kultuurilooline_kollektsioon, lk 97
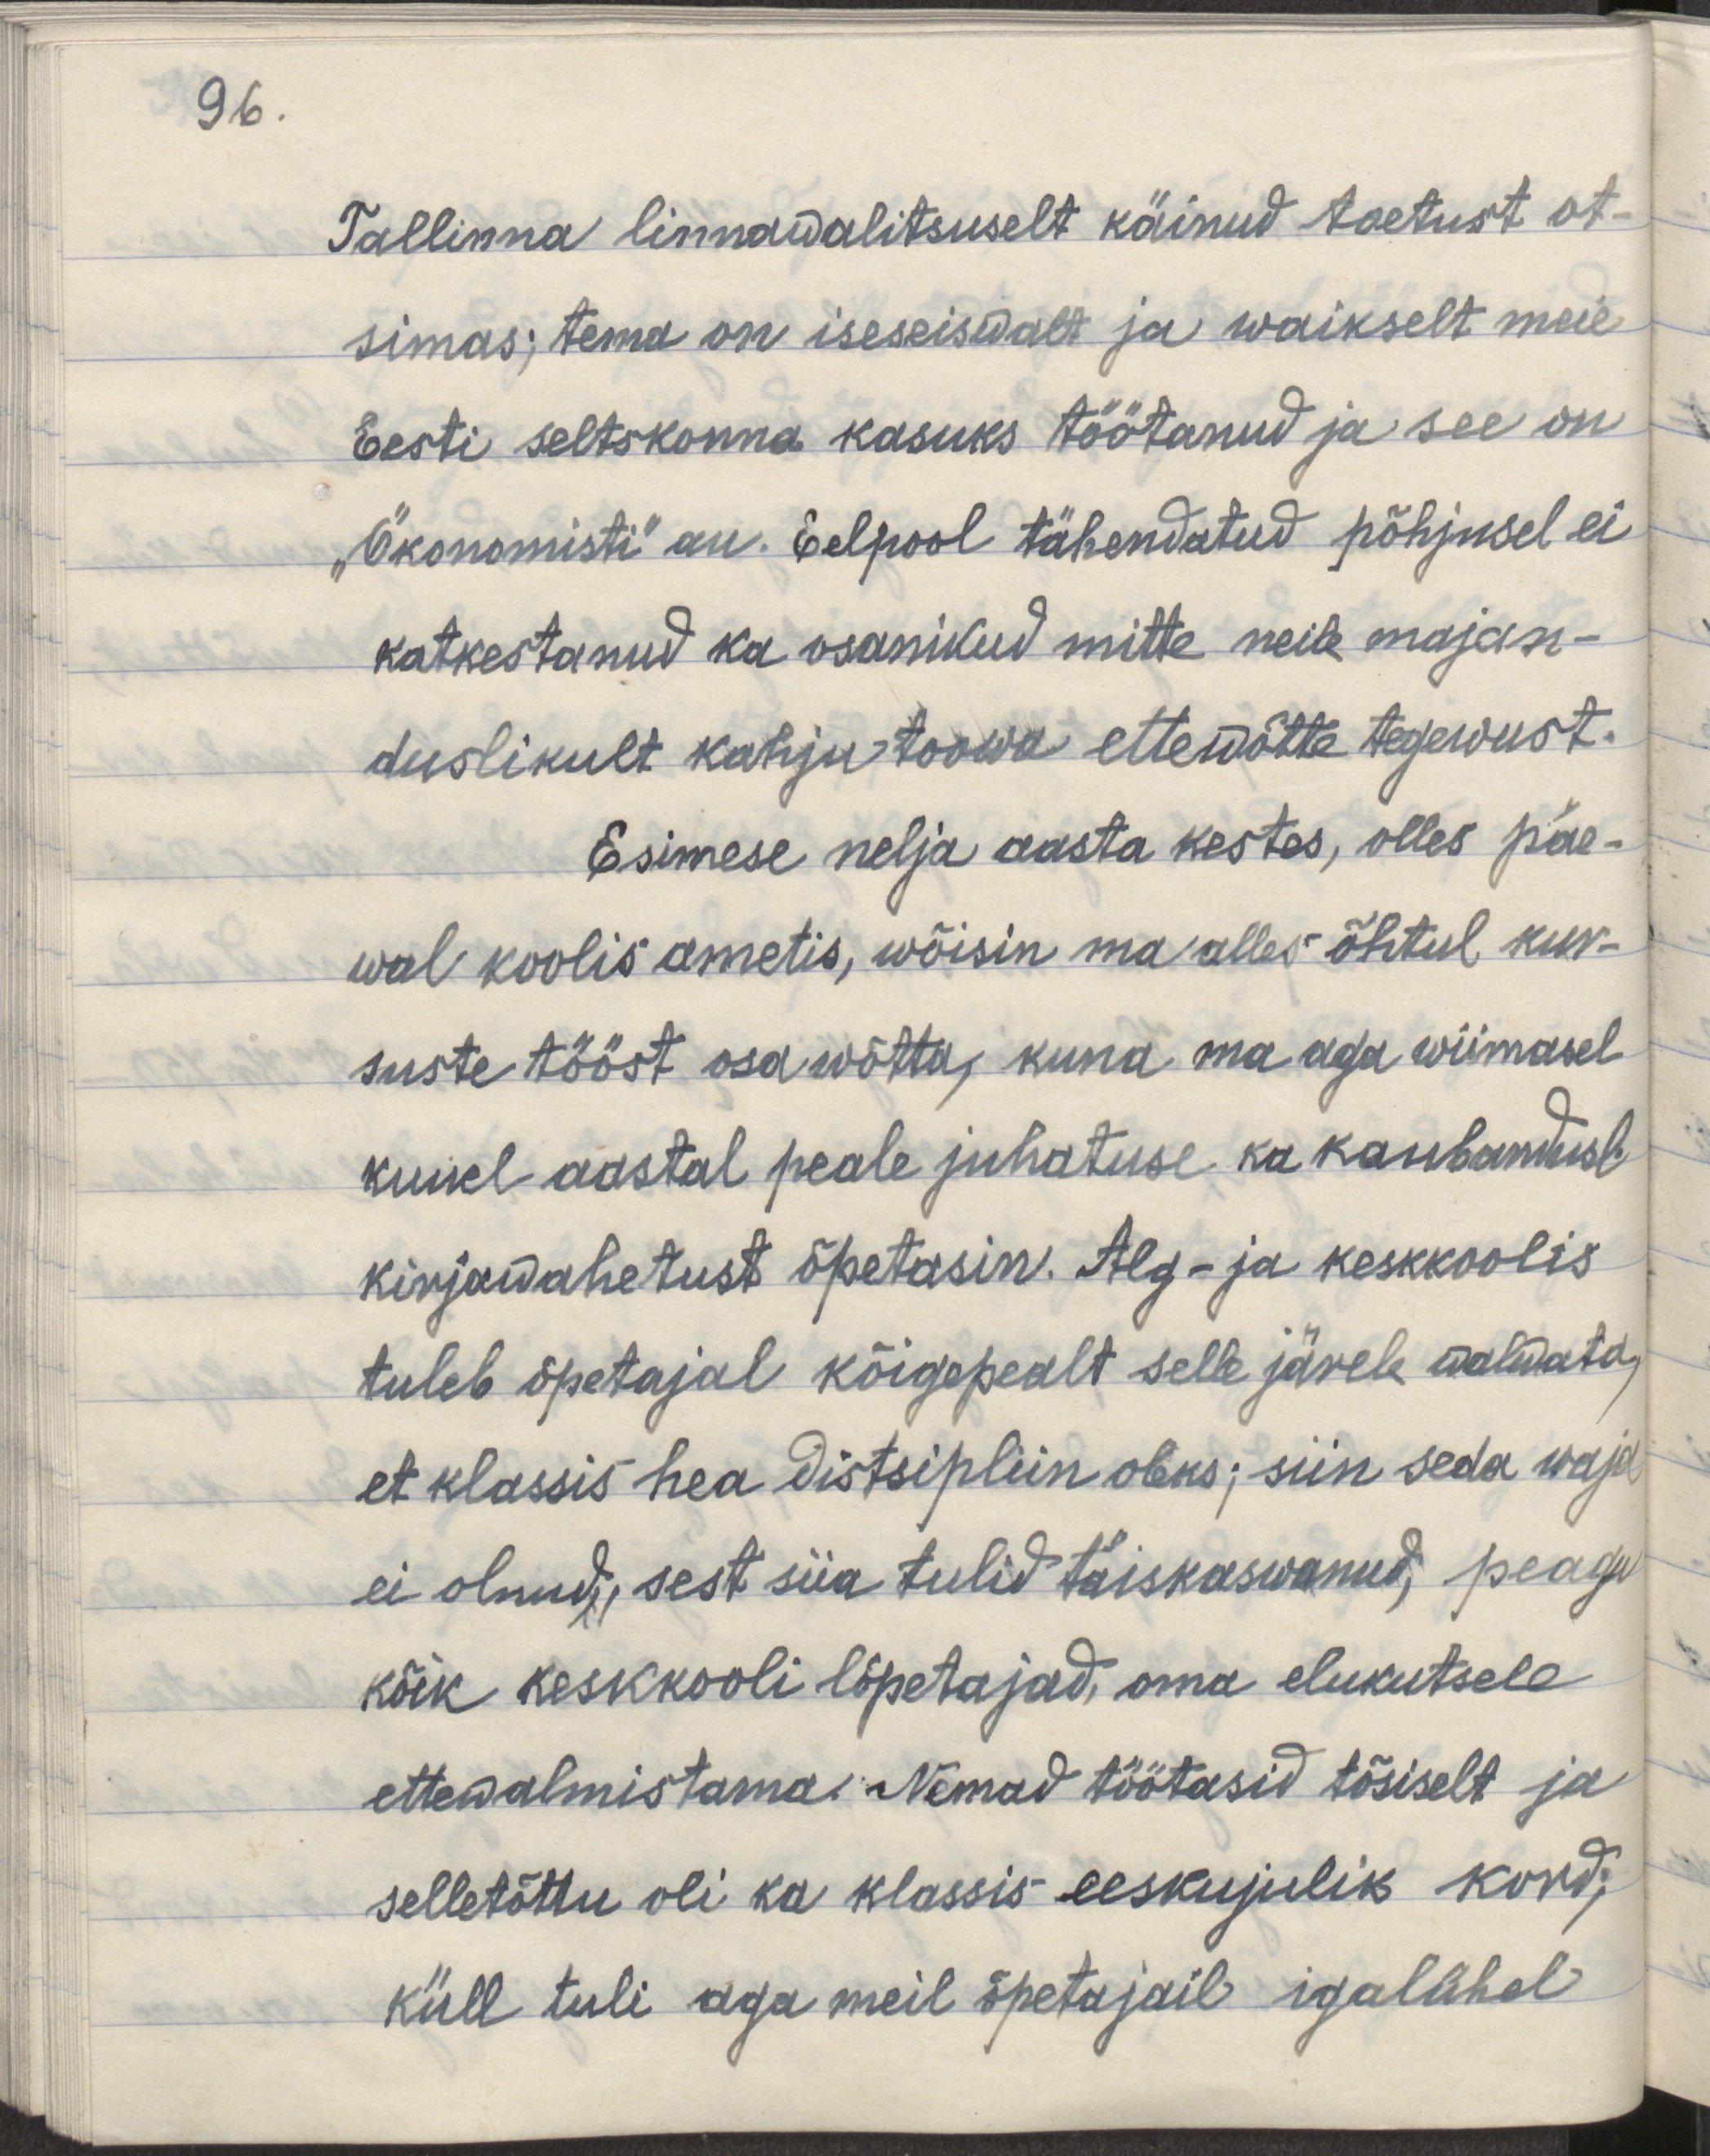
96.

Tallinna linnawalitsuselt käinud toetust ot-
simas; tema on iseseiswalt ja waikselt meie
Eesti seltskonna kasuks töötanud ja see on 
"Ökonomisti" au. Eelpool tähendatud põhjusel ei
katkestanud ka osanikud mitte neile majan-
duslikult kahju toowa ettewõtte tegewust.
Esimese nelja aasta kestes, olles päe-
wal koolis ametis, wõisin ma alles õhtul kur-
suste tööst osa wõtta, kuna ma aga wiimasel
kuuel aastal peale juhatuse ka kaubandusl.
kirjawahetust õpetasin. Alg- ja keskkoolis
tuleb õpetajal kõigepealt selle järele walwata,
et klassis hea distsipliin oleks; siin seda waja
ei olnud, sest siia tulid täiskaswanud, peaegu
kõik keskkooli lõpetajad oma elukutsele 
ettewalmistama. Nemad töötasid tõsiselt ja 
seetõttu oli ka klassis eeskujulik kord;
küll tuli aga meil õpetajail igalühel